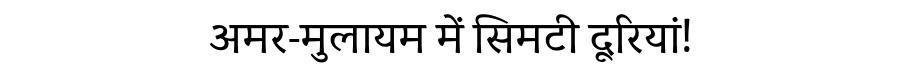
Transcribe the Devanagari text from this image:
अमर-मुलायम में सिमटी दूरियां!